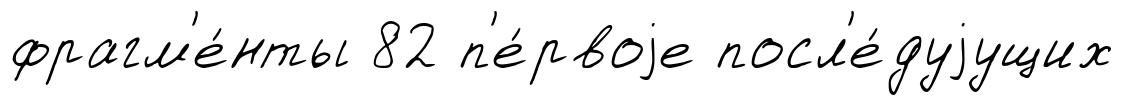
фрагм'е́нты 82 п'е́рвоjе посл'е́дуjущих